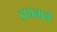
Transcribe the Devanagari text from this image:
डायनाने